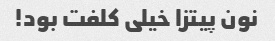
نون پیتزا خیلی کلفت بود!